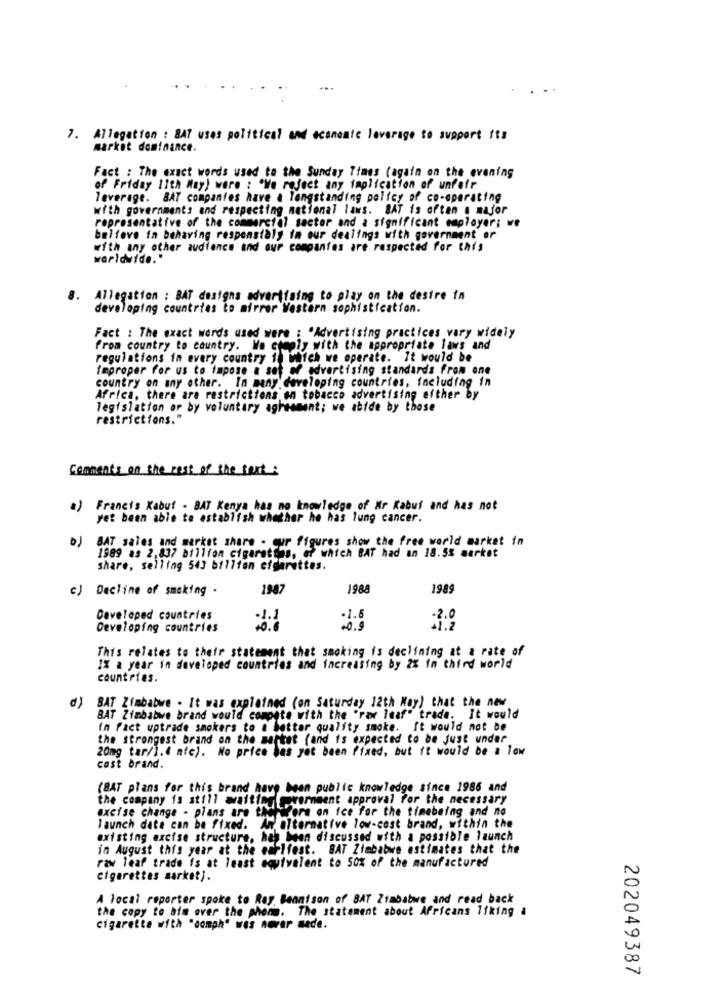
7. Allegation : BAT uses political and economic leverage to support it's
market dominance.
Fact : The exact words used to the Sunday Times (again on the evening
of Friday lith May) were : "We reject any implication of unfair
leverage. BAT companies have a longstanding policy of co-operating
with governments and respecting national laws. BAT is often @ major
representative of the commercial sector and a significant employer; we
believe in behaving responstaly in our dealings with government or
with any other audience and our companies are respected for this
worldwide."
8.
Allegation : BAT designs advertising to play on the desire in
developing countries to airrer Western sophistication.
Fact : The exact words used were : "Advertising practices vary widely
from country to country. We comply with the appropriate laws and
regulations in every country to which we operate. It would be
improper for us to impose a set of advertising standards from one
country on any other. In many developing countries, including in
Africa, there are restrictions en tobacco advertising either by
legislation or by voluntary agreement; we abide by those
restrictions."
Comments on the rest of the text:
a) Francis Kabut - BAT Kenya has no knowledge of Mr Kabul and has not
yet been able to establish whether he has lung cancer.
BAT sales and market share . cur figures show the free world market in
1989 as 2,837 billion cigaratins, of which BAT had an 18.5% market
share, selling 543 billion cigarettes.
c) Decline of smoking .
1987
1988
1989
Developed countries
.1.5
-2.0
Developing countries
.0.9
This relates to their statement that smoking is declining at a rate of
1% a year in developed countries and increasing by 2% In third world
countries.
BAT Zimbabwe . It was explained (on Saturday 12th May) that the new
d)
BAT Zimbabwe brand would compete with the "rar leaf" trade. It would
In fact uptrade smokers to a better quality smoke. It would not be
the strongest brand on the market (and is expected to be Just under
20mg tar/1.4 nic). No price bas yet been fixed, but it would be a low
cost brand.
(BAT plans for this brand have been public knowledge since 1986 and
the company is still waiting srernment approval for the necessary
excise change - plans are the
for on ice for the timebeing and no
launch date can be fixed. An alternative low-cost brand, within the
existing excise structure, has been discussed with a possible launch
in August this year at the earliest. BAT Zimbabwe estimates that the
raw leaf trade is at least equivalent to 50% of the manufactured
cigarettes market).
A local reporter spoke to Ray Bennison of BAT Zimbabwe and read back
the copy to aim over the phone. The statement about Africans liking a
cigarette with "oomph" was never sede.
202049387